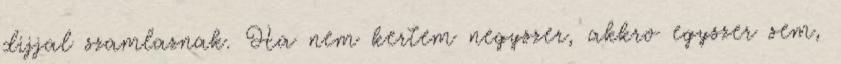
dijjal szamlaznak. Ha nem kertem negyszer, akkro egyszer sem,